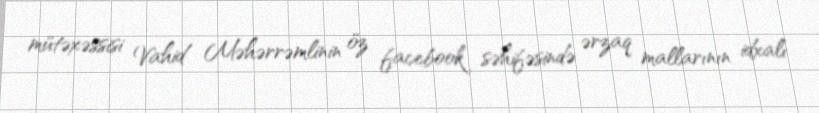
mütəxəssisi Vahid Məhərrəmlinin öz facebook səhifəsində ərzaq mallarının idxalı